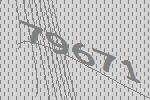
79671